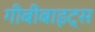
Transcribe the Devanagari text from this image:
गीबीबाइट्स